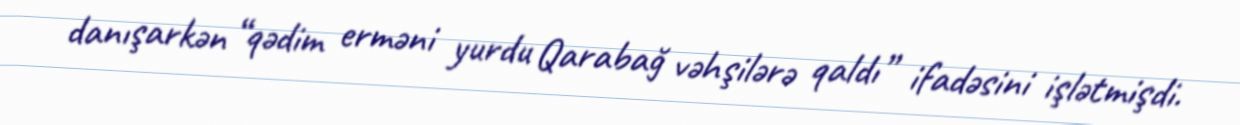
danışarkən “qədim erməni yurdu Qarabağ vəhşilərə qaldı” ifadəsini işlətmişdi.